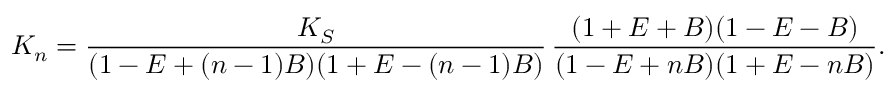
K _ { n } = \frac { K _ { S } } { ( 1 - E + ( n - 1 ) B ) ( 1 + E - ( n - 1 ) B ) } \, \frac { ( 1 + E + B ) ( 1 - E - B ) } { ( 1 - E + n B ) ( 1 + E - n B ) } .